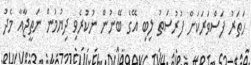
ހަތަރު ފަސްވަރަކަށް ފުރުސަތު ލިބި އޭގެ ބޭނުން ނުކުރެވި ދިޔުމުން ނަތީޖާއާ މެދު